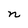
Character: n